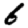
Digit: 6